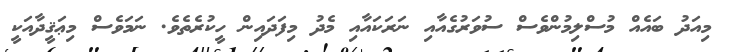
މިއަދު ބައެއް މުސްލިމުންވެސް ސުވަރުގެއާއި ނަރަކައާއި މެދު މިފަދައިން ހީކުރެތެވެ. ނަމަވެސް މިޢަޤީދާއަކީ